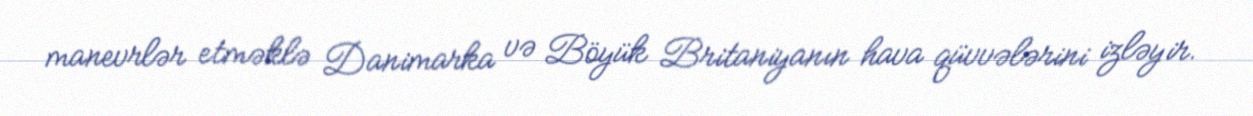
manevrlər etməklə Danimarka və Böyük Britaniyanın hava qüvvələrini izləyir.